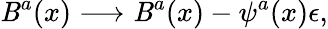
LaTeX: \mathit{B}^{a}(x)\longrightarrow\mathit{B}^{a}(x)-\psi^{a}(x)\epsilon,